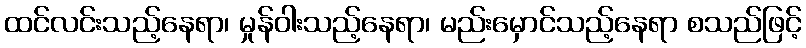
ထင်လင်းသည့်နေရာ၊ မှုန်ဝါးသည့်နေရာ၊ မည်းမှောင်သည့်နေရာ စသည်ဖြင့်